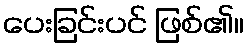
ပေးခြင်းပင် ဖြစ်၏။